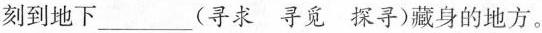
刻到地下___(寻求寻觅探寻)藏身的地方。